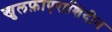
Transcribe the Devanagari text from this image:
खुलफ़ाएराशिदीन